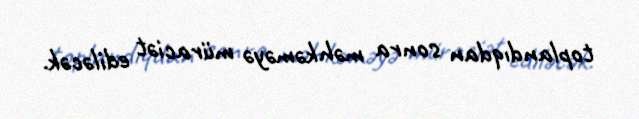
toplandıqdan sonra məhkəməyə müraciət ediləcək.